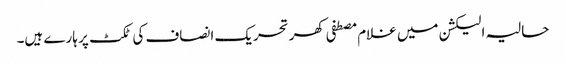
حالیہ الیکشن میں غلام مصطفی کھر تحریک انصاف کی ٹکٹ پر ہارے ہیں۔